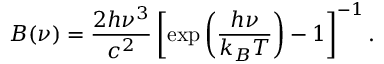
B ( \nu ) = \frac { 2 h \nu ^ { 3 } } { c ^ { 2 } } \left[ \exp \left( \frac { h \nu } { k _ { B } T } \right) - 1 \right] ^ { - 1 } .